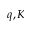
q , K